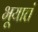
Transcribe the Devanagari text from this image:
भूयात्तं